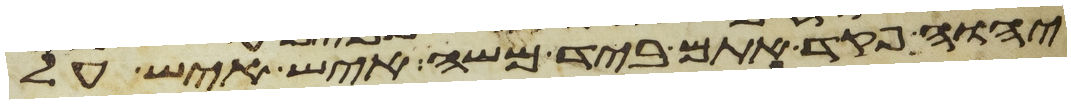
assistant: יהוה פקד אתם ביד משה איש איש על